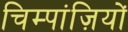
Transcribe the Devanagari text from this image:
चिम्पांज़ियों